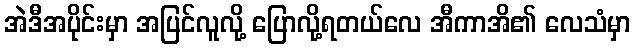
အဲဒီအပိုင်းမှာ အပြင်လူလို့ ပြောလို့ရတယ်လေ အီကာအိ၏ လေသံမှာ